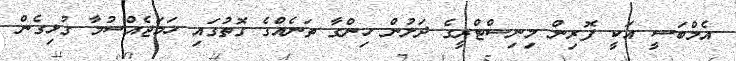
އެމްބަސީ އަކީ ފޮރިން މިނިސްޓްރީގެ ދަށުން ހިންގާ ތަނެއްގެ ގޮތުގައި ހަމަޖެއްސުމާ ގުޅިގެން